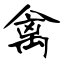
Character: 禽